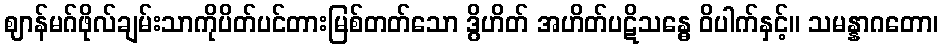
ဈာန်မဂ်ဖိုလ်ချမ်းသာကိုပိတ်ပင်တားမြစ်တတ်သော ဒွိဟိတ် အဟိတ်ပဋိသန္ဓေ ဝိပါက်နှင့်။ သမန္နာဂတော၊